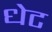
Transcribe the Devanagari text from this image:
धेट